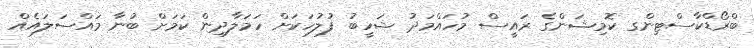
ބްރޯޑްކާސްޓިންގ ކޮމިޝަންގެ ރައީސް މުހައްމަދު ޝަހީބު ފުލުހަކަށް ހަމަލާދިން ކަމަށް ބުނާ މައްސަލައެއް